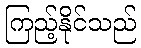
ကြည့်နိုင်သည်